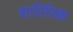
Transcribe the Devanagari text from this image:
शारिरिक